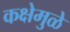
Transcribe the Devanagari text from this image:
कक्षेमुळे